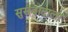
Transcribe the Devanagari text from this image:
सुसंवादाला